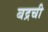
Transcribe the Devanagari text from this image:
बद्रची